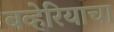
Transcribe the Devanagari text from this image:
बव्हेरियाचा